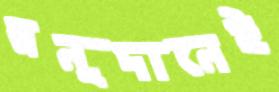
অনুদানেই